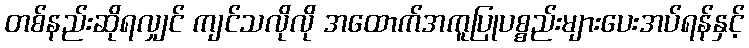
တစ်နည်းဆိုရလျှင် ကျင်သလိုလို အထောက်အကူပြုပစ္စည်းများပေးအပ်ရန်နှင့်